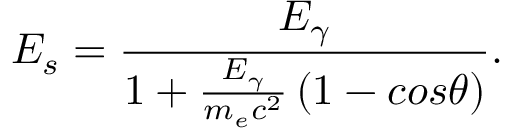
E _ { s } = \frac { E _ { \gamma } } { 1 + \frac { E _ { \gamma } } { m _ { e } c ^ { 2 } } \left( 1 - c o s \theta \right) } .